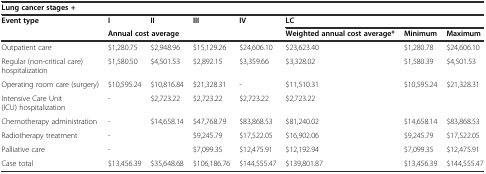
<table><thead><tr><td colspan="8"><b>Lung cancer stages +</b></td></tr><tr><td rowspan="2"><b>Event type</b></td><td><b>I</b></td><td><b>II</b></td><td><b>III</b></td><td><b>IV</b></td><td colspan="3"><b>LC</b></td></tr><tr><td colspan="4"><b>Annual cost average</b></td><td><b>Weighted annual cost average*</b></td><td><b>Minimum</b></td><td><b>Maximum</b></td></tr></thead><tbody><tr><td>Outpatient care</td><td>$1,280.75</td><td>$2,948.96</td><td>$15,129.26</td><td>$24,606.10</td><td>$23,623.40</td><td>$1,280.78</td><td>$24,606.10</td></tr><tr><td>Regular (non-critical care) hospitalization</td><td>$1,580.50</td><td>$4,501.53</td><td>$2,892.15</td><td>$3,359.66</td><td>$3,328.02</td><td>$1,580.39</td><td>$4,501.53</td></tr><tr><td>Operating room care (surgery)</td><td>$10,595.24</td><td>$10,816.84</td><td>$21,328.31</td><td>-</td><td>$11,510.31</td><td>$10,595.24</td><td>$21,328.31</td></tr><tr><td>Intensive Care Unit (ICU) hospitalization</td><td>-</td><td>$2,723.22</td><td>$2,723.22</td><td>$2,723.22</td><td>$2,723.22</td><td></td><td></td></tr><tr><td>Chemotherapy administration</td><td>-</td><td>$14,658.14</td><td>$47,768.79</td><td>$83,868.53</td><td>$81,240.02</td><td>$14,658.14</td><td>$83,868.53</td></tr><tr><td>Radiotherapy treatment</td><td>-</td><td></td><td>$9,245.79</td><td>$17,522.05</td><td>$16,902.06</td><td>$9,245.79</td><td>$17,522.05</td></tr><tr><td>Palliative care</td><td>-</td><td></td><td>$7,099.35</td><td>$12,475.91</td><td>$12,192.94</td><td>$7,099.35</td><td>$12,475.91</td></tr><tr><td>Case total</td><td>$13,456.39</td><td>$35,648.68</td><td>$106,186.76</td><td>$144,555.47</td><td>$139,801.87</td><td>$13,456.39</td><td>$144,555.47</td></tr></tbody></table>